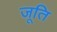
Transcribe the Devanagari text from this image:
जूति